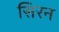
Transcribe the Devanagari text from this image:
सिरन